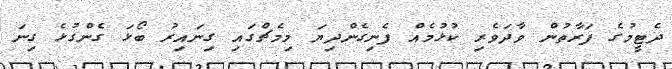
ދެޓީމުގެ ފަރާތުން ވާދަވެރި ކުޅުމެއް ފެނިގެންދިޔަ މިމެޗްގައި ގިނައިރު ބޯޅަ ގެންގުޅެ ގިނަ